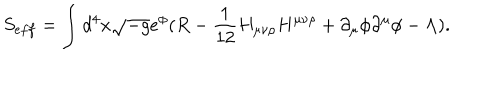
LaTeX: S _ { e f f } = \int d ^ { 4 } x \sqrt { - g } e ^ { \phi } ( R - \frac { 1 } { 1 2 } H _ { \mu \nu \rho } H ^ { \mu \nu \rho } + \partial _ { \mu } \phi \partial ^ { \mu } \phi - \Lambda ) .